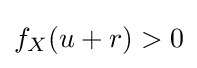
f_{X}(u+r)>0